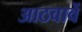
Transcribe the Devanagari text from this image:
आठवावें